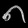
Digit: ၈